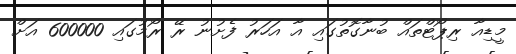
މީޑިއާ ރިޕޯޓްތައް ބުނާގޮތުގައި އާ އަހަރު ފެށުނު ރޭ ރޯމުގައި 600000 އަށް